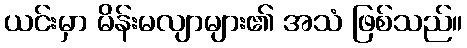
ယင်းမှာ မိန်းမလျာများ၏ အသံ ဖြစ်သည်။